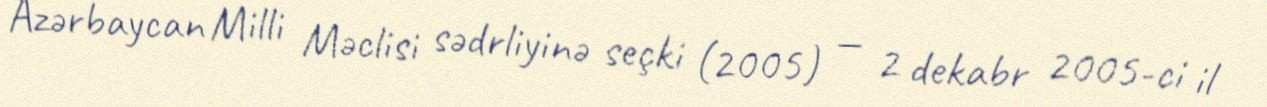
Azərbaycan Milli Məclisi sədrliyinə seçki (2005) — 2 dekabr 2005-ci il